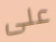
على